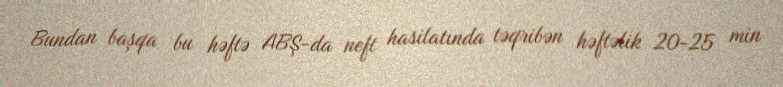
Bundan başqa bu həftə ABŞ-da neft hasilatında təqribən həftəlik 20-25 min